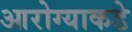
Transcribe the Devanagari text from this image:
आरोग्याकडे